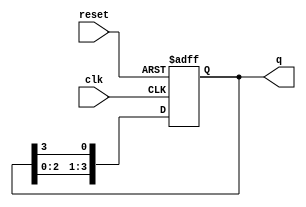
module multi_stage_ring_counter #(
    parameter N = 4 // Number of stages (flip-flops)
)(
    input wire clk,       // Clock signal
    input wire reset,     // Asynchronous reset signal
    output reg [N-1:0] q // Output of the counter
);

// Internal signal to hold the next state
reg [N-1:0] next_state;

// Always block for synchronous state update
always @(posedge clk or posedge reset) begin
    if (reset) begin
        // Asynchronous reset: Initialize the counter
        q <= 1'b1; // Set the first flip-flop to '1', all others to '0'
    end else begin
        // Shift the '1' to the next flip-flop
        q <= {q[N-2:0], q[N-1]}; // Shift left, wrap around
    end
end

endmodule